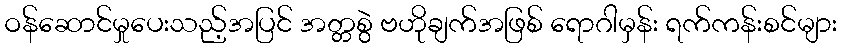
ဝန်ဆောင်မှုပေးသည့်အပြင် အတ္တစွဲ ဗဟိုချက်အဖြစ် ရောဂါမှန်း ရက်ကန်းစင်များ